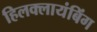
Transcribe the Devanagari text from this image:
हिलक्लायंबिंग